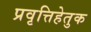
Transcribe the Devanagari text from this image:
प्रवृत्तिहेतुक